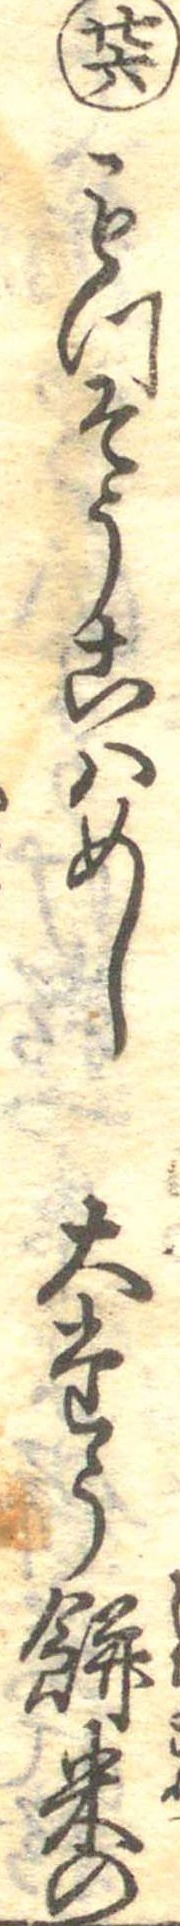
廿六もつそうこはめし大たう餅米の